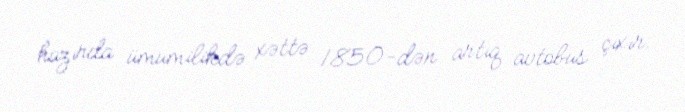
hazırda ümumilikdə xəttə 1850-dən artıq avtobus çıxır.